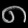
Digit: ၈